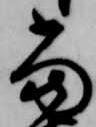
当